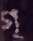
গ্